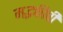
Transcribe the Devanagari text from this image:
मद्भक्तीची